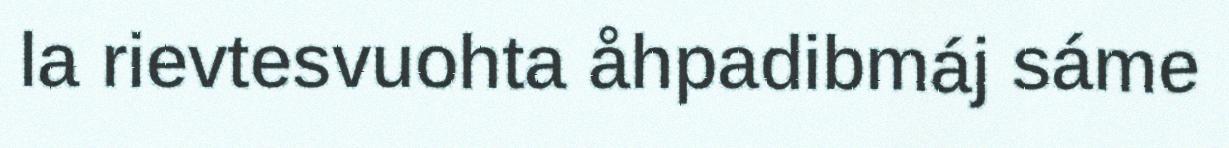
la rievtesvuohta åhpadibmáj sáme